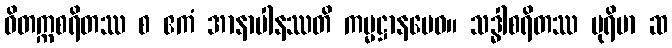
ဝိတက္ကစရိတဿ စ ဧကံ အာနာပါနဿတိ ကမ္မဋ္ဌာနမေဝ။ သဒ္ဓါစရိတဿ ပုရိမာ ဆ